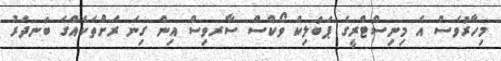
މިހާރުވެސް އެ މިނިސްޓްރީގެ ޕަބްލިކް ވޯކްސް ސާރވިސް އިން ގިނަ ރަށްތަކެއްގެ ބަނދަރު